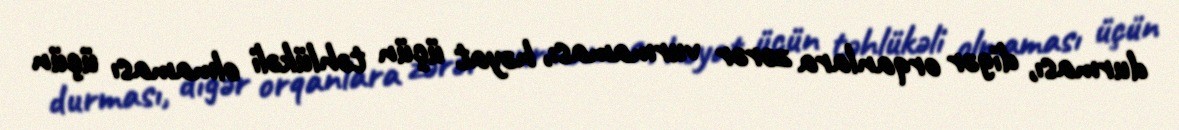
durması, digər orqanlara zərər vurmaması, həyat üçün təhlükəli olmaması üçün